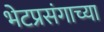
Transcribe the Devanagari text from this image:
भेटप्रसंगाच्या